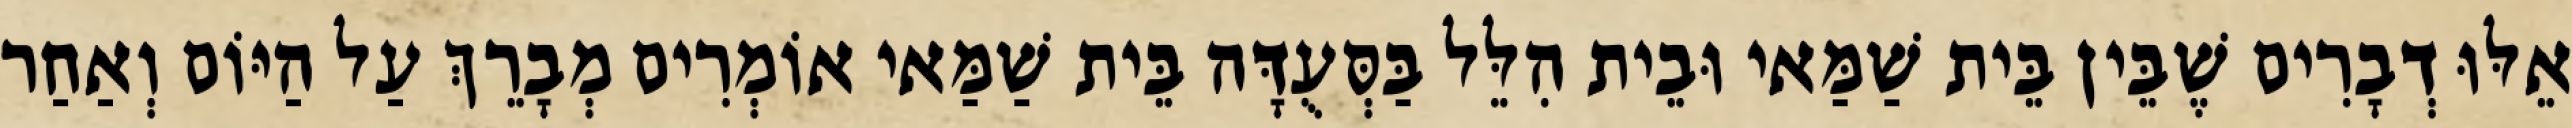
אֵלּוּ דְבָרִים שֶׁבֵּין בֵּית שַׁמַּאי וּבֵית הִלֵּל בַּסְּעֻדָּה בֵּית שַׁמַּאי אוֹמְרִים מְבָרֵךְ עַל הַיּוֹם וְאַחַר